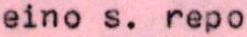
eino s. repo